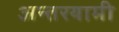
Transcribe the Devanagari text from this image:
अन्‍तरयामी